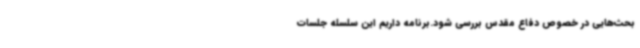
بحث‌هایی در خصوص دفاع مقدس بررسی شود.برنامه داریم این سلسله جلسات